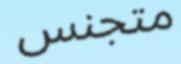
متجنس